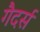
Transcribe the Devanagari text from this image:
गैदर्स